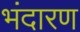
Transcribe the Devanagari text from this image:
भंदारण